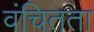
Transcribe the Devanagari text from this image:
वंचितता